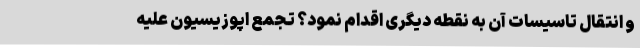
و انتقال تاسیسات آن به نقطه دیگری اقدام نمود؟ تجمع اپوزیسیون علیه